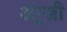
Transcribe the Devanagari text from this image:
अंग्र्जी